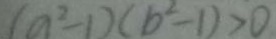
( a ^ { 2 } - 1 ) ( b ^ { 2 } - 1 ) > 0